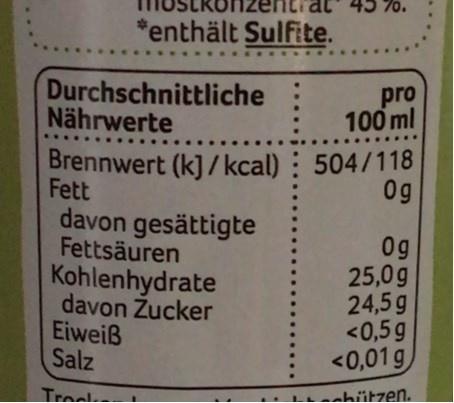
70.
*enthält Sulfite.
....
Durchschnittliche Nährwerte
pro 100 ml
Brennwert (k] / kcal) : 504/118 Fett davon gesättigte Fettsäuren Kohlenhydrate davon Žucker Eiweiß Salz
0g
0g 25,0g 24,5g <0,5g <0,01g
chützen.
Treek